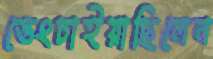
ভেংচাইয়াছিলেন